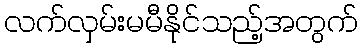
လက်လှမ်းမမီနိုင်သည့်အတွက်